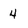
Character: 4